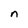
Character: n